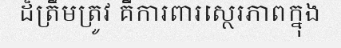
ដ៏ត្រឹមត្រូវ គឺការពារស្ថេរភាពក្នុង